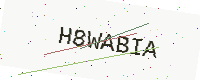
Text: H8WABIA